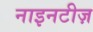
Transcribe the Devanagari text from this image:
नाइनटीज़